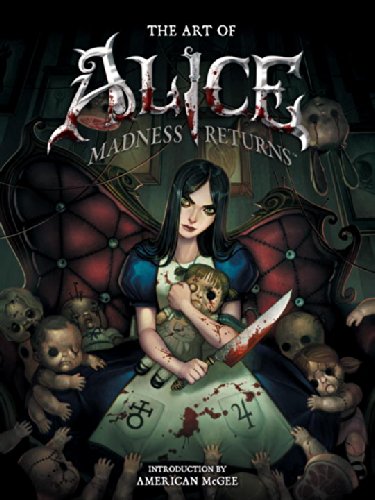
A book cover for The Art of Alice: Madness Returns; American McGee; Arts & Photography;